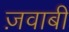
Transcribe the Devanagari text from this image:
ज़वाबी